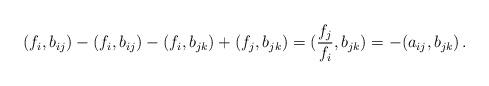
LaTeX: \begin{align*} (f_i, b_{ij}) - (f_i, b_{ij}) -(f_i, b_{jk}) +(f_j, b_{jk}) = (\frac{f_j}{f_i}, b_{jk}) = -(a_{ij}, b_{jk})\,.\end{align*}